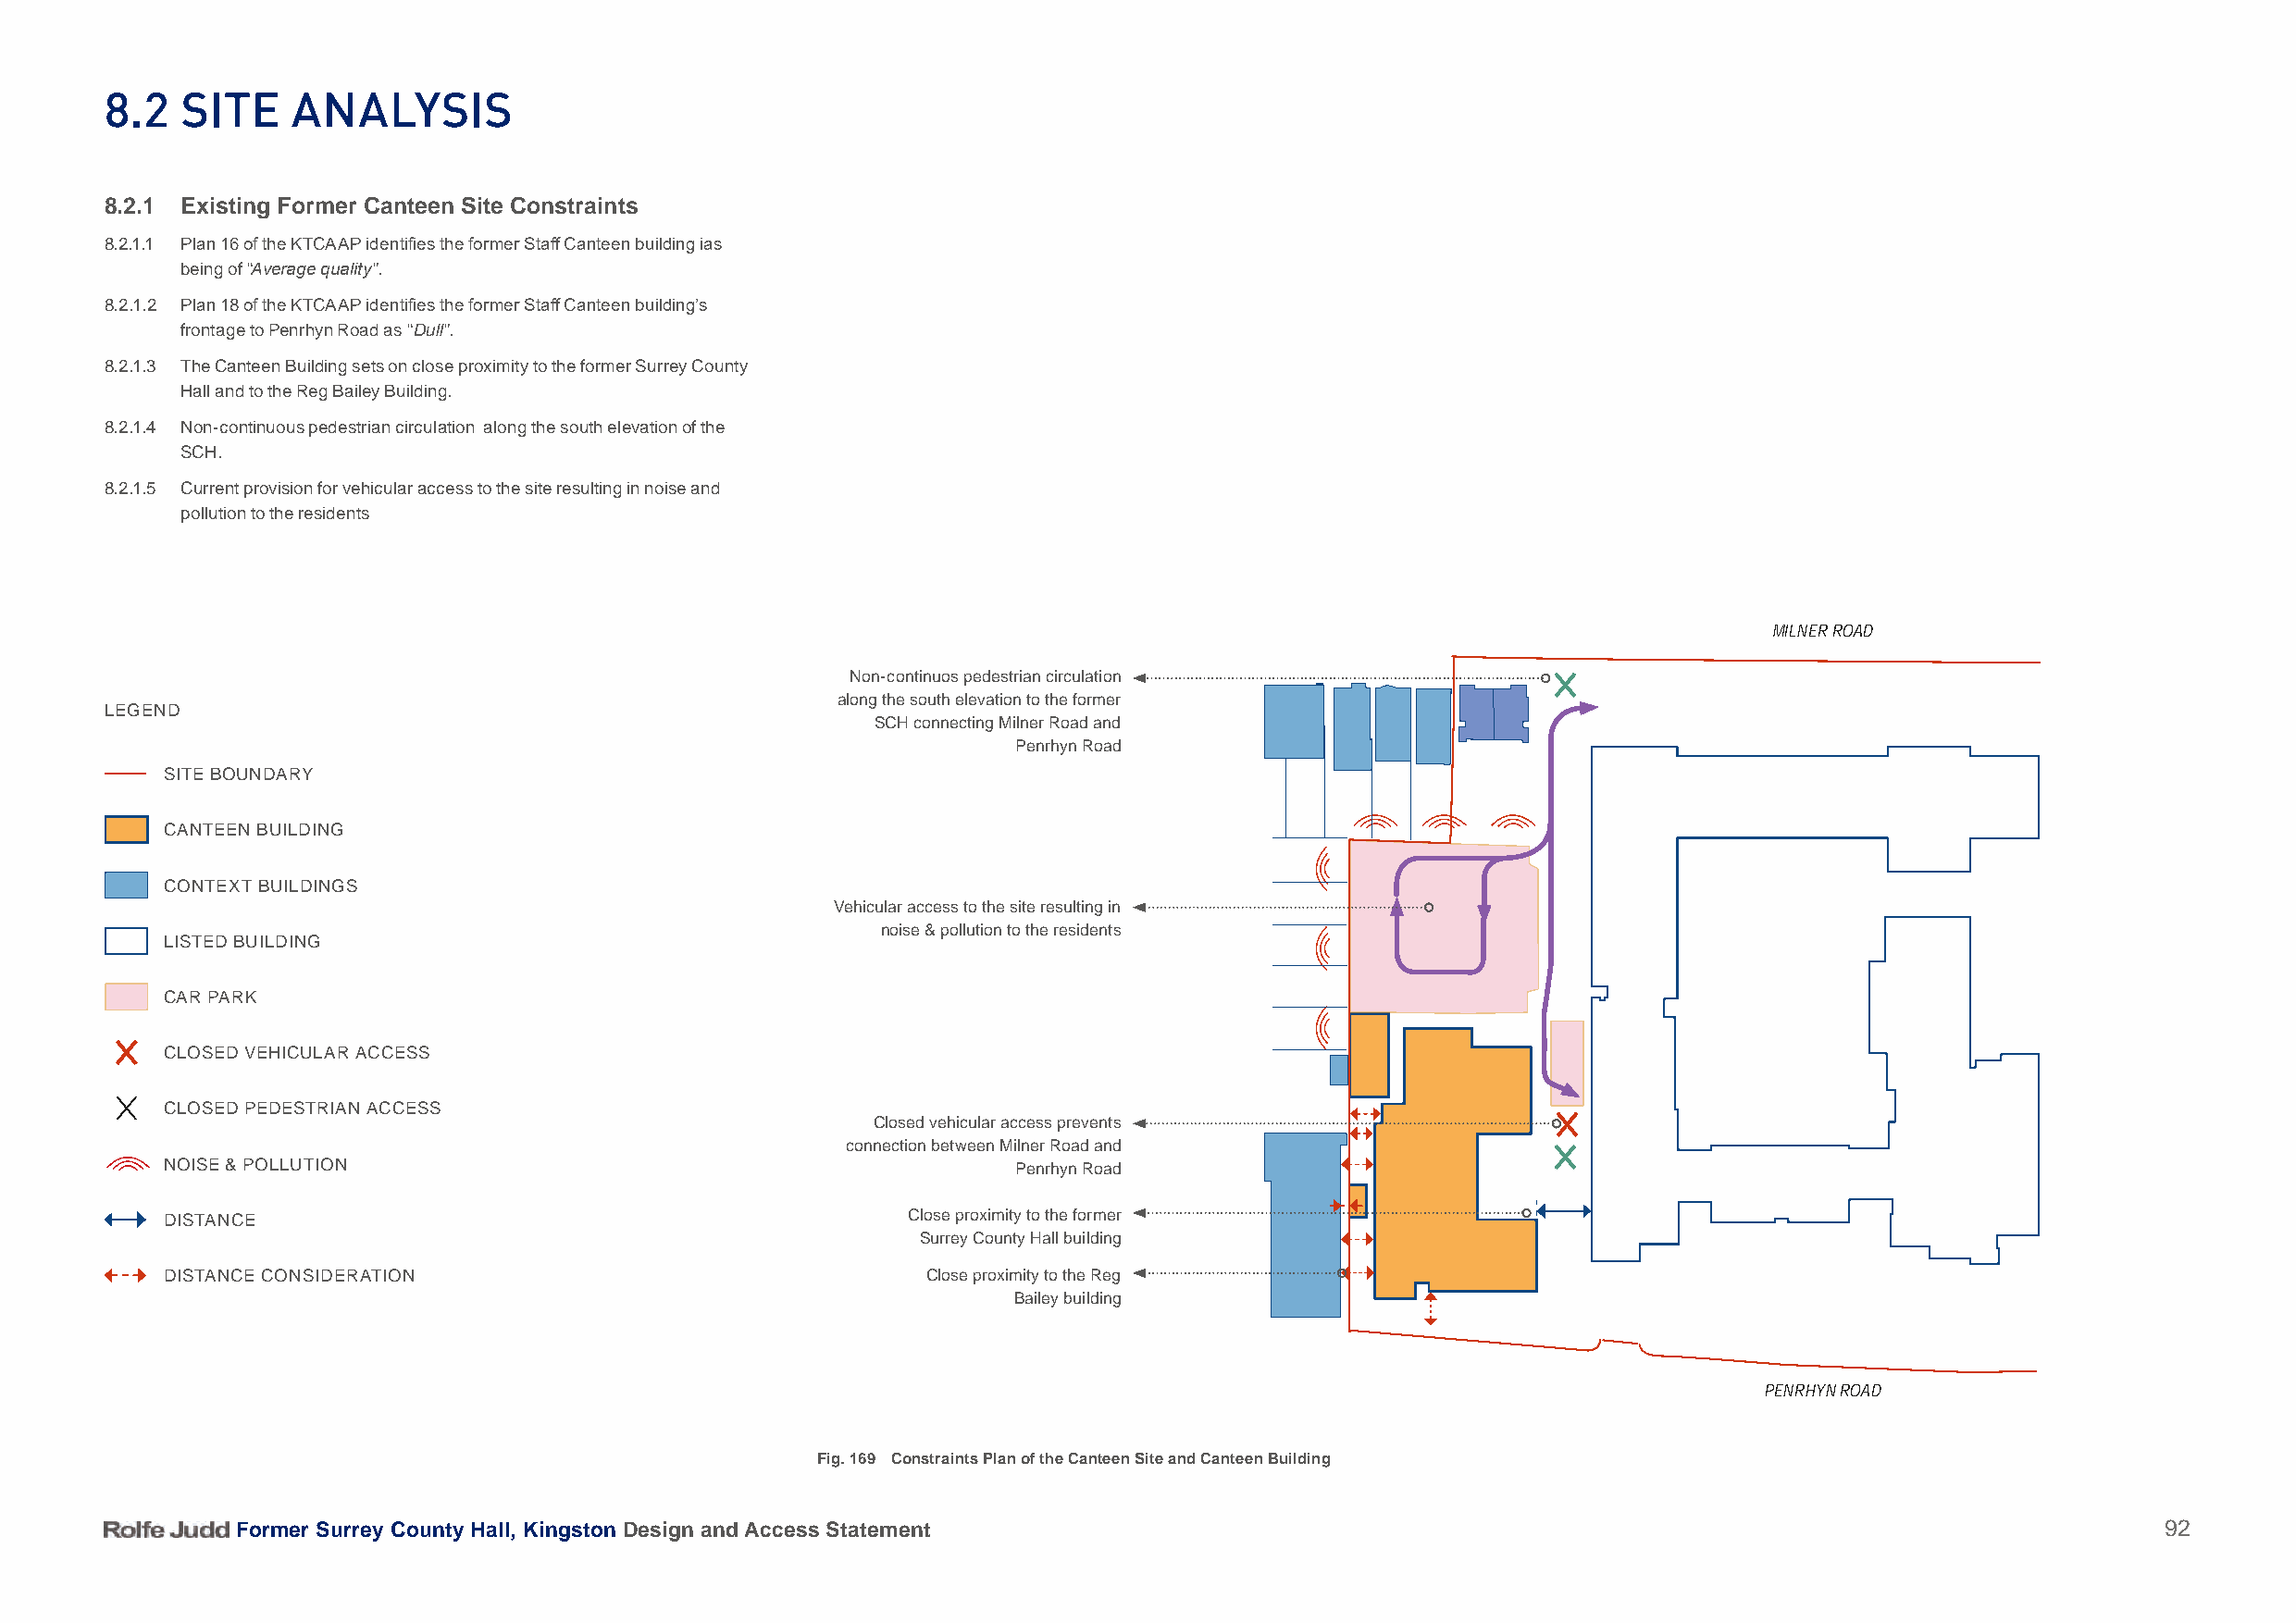
8.2   Site    analySiS
 8.2.1 Existing Former Canteen Site Constraints
 8.2.1.1 Plan 16 of the KTCAAP identifies the former Staff Canteen building ias
 being of “Average quality”.
 8.2.1.2 Plan 18 of the KTCAAP identifies the former Staff Canteen building’s
 frontage to Penrhyn Road as “Dull”.
 8.2.1.3 The Canteen Building sets on close proximity to the former Surrey County
 Hall and to the Reg Bailey Building.
 8.2.1.4 Non-continuous pedestrian circulation along the south elevation of the
 SCH.
 8.2.1.5 Current provision for vehicular access to the site resulting in noise and
 pollution to the residents
 MILNER ROAD
 Non-continuos pedestrian circulation
 along the south elevation to the former
 LEGEND
 SCH connecting Milner Road and
 Penrhyn Road
 SITE BOUNDARY
 CANTEEN BUILDING
 CONTEXT BUILDINGS
 Vehicular access to the site resulting in
 noise & pollution to the residents
 LISTED BUILDING
 CAR PARK
 CLOSED VEHICULAR ACCESS
 CLOSED PEDESTRIAN ACCESS
 Closed vehicular access prevents
 connection between Milner Road and
 NOISE & POLLUTION                                            Penrhyn Road
 DISTANCE                                             Close proximity to the former
 Surrey County Hall building
 DISTANCE CONSIDERATION                                Close proximity to the Reg
 Bailey building
 PENRHYN ROAD
 Fig. 169 Constraints Plan of the Canteen Site and Canteen Building
 Former Surrey County Hall, Kingston Design and Access Statement                                                                           92